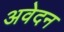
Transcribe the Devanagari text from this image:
अवेदन